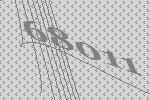
68011